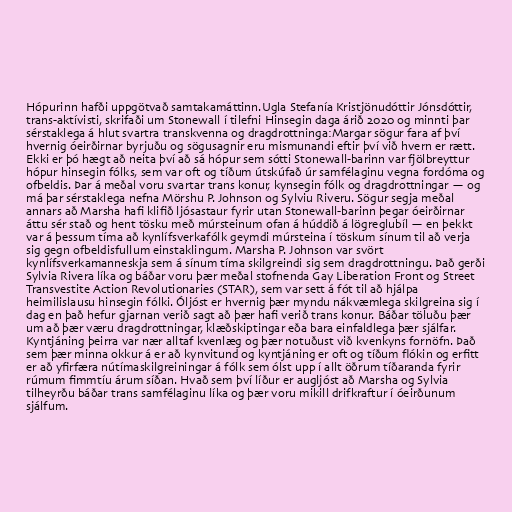
Hópurinn hafði uppgötvað samtakamáttinn.Ugla Stefanía Kristjönudóttir Jónsdóttir,
trans-aktívisti, skrifaði um Stonewall í tilefni Hinsegin daga árið 2020 og minnti þar
sérstaklega á hlut svartra transkvenna og dragdrottninga:Margar sögur fara af því
hvernig óeirðirnar byrjuðu og sögusagnir eru mismunandi eftir því við hvern er rætt.
Ekki er þó hægt að neita því að sá hópur sem sótti Stonewall-barinn var fjölbreyttur
hópur hinsegin fólks, sem var oft og tíðum útskúfað úr samfélaginu vegna fordóma og
ofbeldis. Þar á meðal voru svartar trans konur, kynsegin fólk og dragdrottningar — og
má þar sérstaklega nefna Mörshu P. Johnson og Sylviu Riveru. Sögur segja meðal
annars að Marsha hafi klifið ljósastaur fyrir utan Stonewall-barinn þegar óeirðirnar
áttu sér stað og hent tösku með múrsteinum ofan á húddið á lögreglubíl — en þekkt
var á þessum tíma að kynlífsverkafólk geymdi múrsteina í töskum sínum til að verja
sig gegn ofbeldisfullum einstaklingum. Marsha P. Johnson var svört
kynlífsverkamanneskja sem á sínum tíma skilgreindi sig sem dragdrottningu. Það gerði
Sylvia Rivera líka og báðar voru þær meðal stofnenda Gay Liberation Front og Street
Transvestite Action Revolutionaries (STAR), sem var sett á fót til að hjálpa
heimilislausu hinsegin fólki. Óljóst er hvernig þær myndu nákvæmlega skilgreina sig í
dag en það hefur gjarnan verið sagt að þær hafi verið trans konur. Báðar töluðu þær
um að þær væru dragdrottningar, klæðskiptingar eða bara einfaldlega þær sjálfar.
Kyntjáning þeirra var nær alltaf kvenlæg og þær notuðust við kvenkyns fornöfn. Það
sem þær minna okkur á er að kynvitund og kyntjáning er oft og tíðum flókin og erfitt
er að yfirfæra nútímaskilgreiningar á fólk sem ólst upp í allt öðrum tíðaranda fyrir
rúmum fimmtíu árum síðan. Hvað sem því líður er augljóst að Marsha og Sylvia
tilheyrðu báðar trans samfélaginu líka og þær voru mikill drifkraftur í óeirðunum
sjálfum.